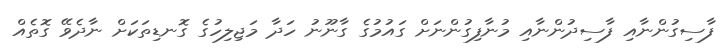
ފާސިގުންނާއި ފާސިދުންނާއި މުނާފިގުންނަށް ގައުމުގެ ގާނޫނު ހަދާ މަޖިލިހުގެ ގޮނޑިތަކަށް ނާދެވޭ ގޮތެއް